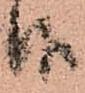
候